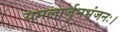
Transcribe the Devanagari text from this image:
यमलार्जुनभंजनः।